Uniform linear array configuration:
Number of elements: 16
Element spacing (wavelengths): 1
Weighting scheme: hann
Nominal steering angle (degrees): -15
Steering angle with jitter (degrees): -16.772
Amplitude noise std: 0.05
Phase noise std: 0.05

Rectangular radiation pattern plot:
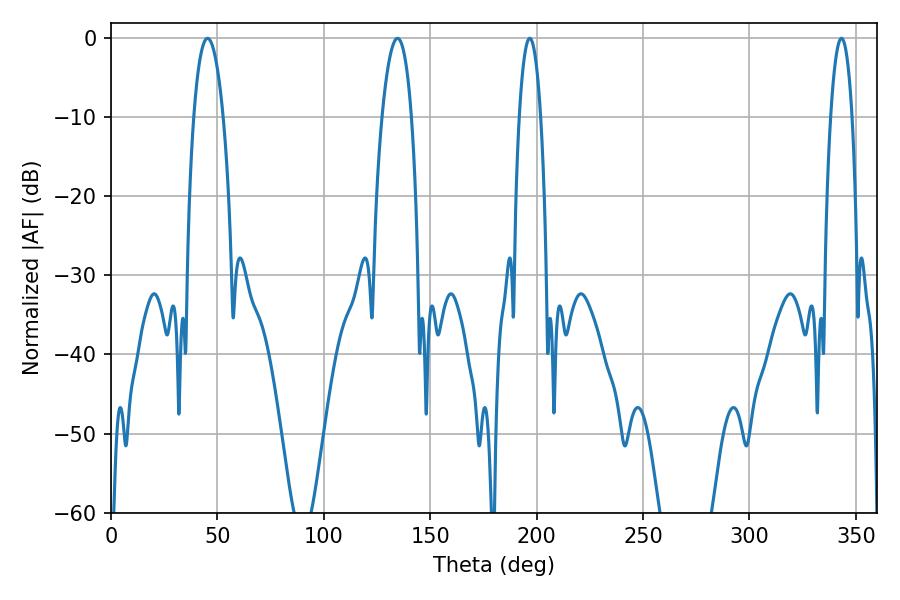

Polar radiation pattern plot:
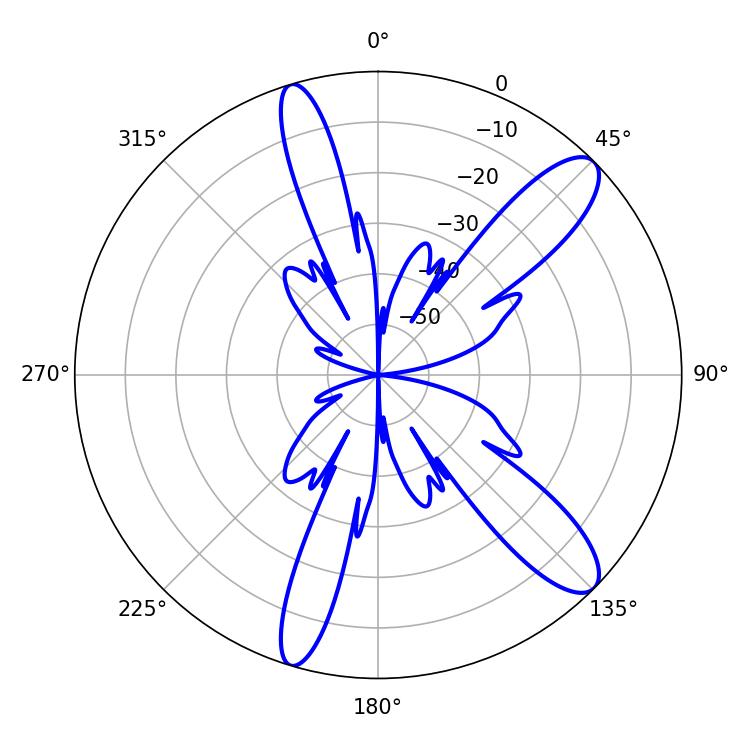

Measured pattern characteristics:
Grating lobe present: TRUE
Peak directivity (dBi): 11.409
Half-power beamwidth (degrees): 7.74
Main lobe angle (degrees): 45.36